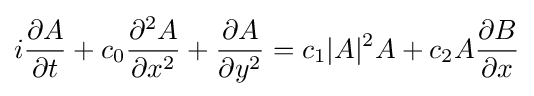
i{\frac {\partial A}{\partial t}}+c_{0}{\frac {\partial ^{2}A}{\partial x^{2}}}+{\frac {\partial A}{\partial y^{2}}}=c_{1}|A|^{2}A+c_{2}A{\frac {\partial B}{\partial x}}